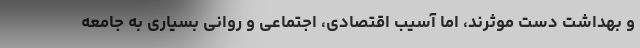
و بهداشت دست موثرند، اما آسیب اقتصادی، اجتماعی و روانی بسیاری به جامعه